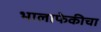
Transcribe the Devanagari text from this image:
भालाफेकीचा